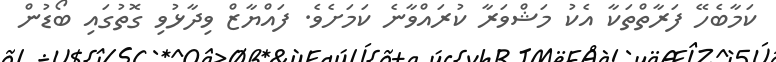
ކަމާބެހޭ ފަރާތްތަކާ އެކު މަޝްވަރާ ކުރައްވާނެ ކަމަށެވެ. ފައްޔާޒް ވިދާޅުވި ގޮތުގައި ބޯޑުން